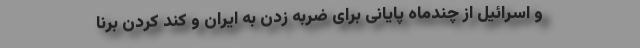
و اسرائیل از چندماه پایانی برای ضربه زدن به ایران و کند کردن برنا